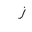
Letter: _zay